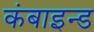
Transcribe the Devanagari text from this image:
कंबाइन्ड